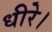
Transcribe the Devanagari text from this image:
धीरे।